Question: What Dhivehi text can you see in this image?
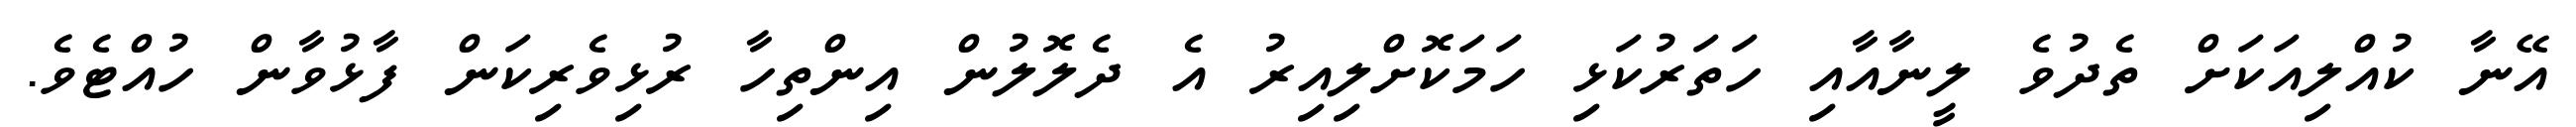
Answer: އޭނާ ކުއްލިއަކަށް ތެދުވެ ލީނާއާއި ހަތަރުކަޅި ހަމަކޮށްލިއިރު އެ ދެލޮލުން އިންތިހާ ރުޅިވެރިކަން ފާޅުވާން ހުއްޓެވެ.